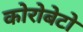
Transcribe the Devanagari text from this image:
कोरोबेटो